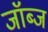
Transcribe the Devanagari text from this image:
जॉब्ज